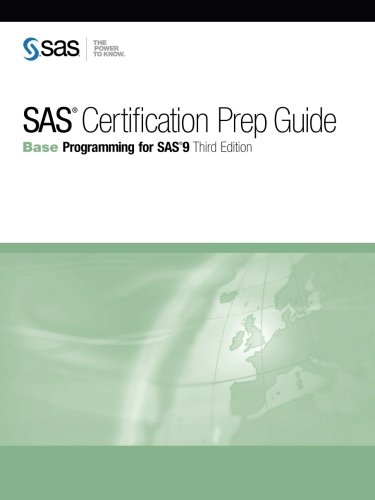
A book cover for SAS Certification Prep Guide: Base Programming for SAS 9, Third Edition; SAS Institute; Computers & Technology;